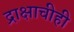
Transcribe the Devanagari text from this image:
द्राक्षाचीही